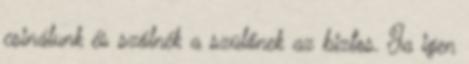
csinálunk és szólnék a szülőnek az biztos. Ja igen